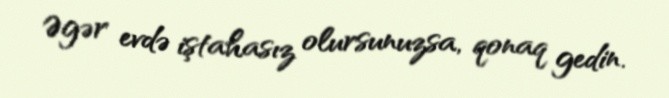
Əgər evdə iştahasız olursunuzsa, qonaq gedin.